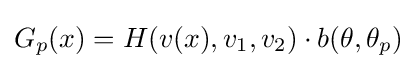
G_{p}(x)=H(v(x),v_{1},v_{2})\cdot b(\theta ,\theta _{p})